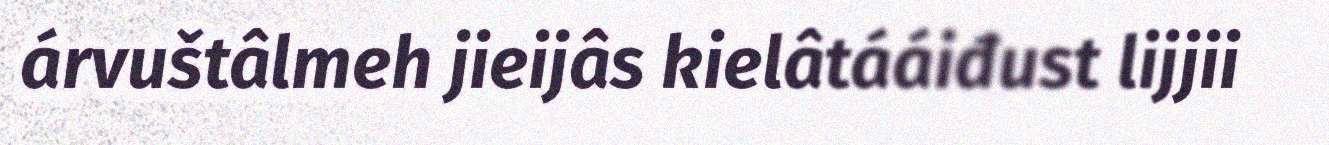
árvuštâlmeh jieijâs kielâtááiđust lijjii